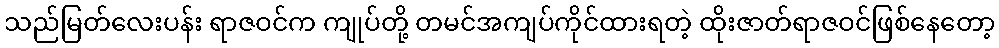
သည်မြတ်လေးပန်း ရာဇဝင်က ကျုပ်တို့ တမင်အကျပ်ကိုင်ထားရတဲ့ ထိုးဇာတ်ရာဇဝင်ဖြစ်နေတော့